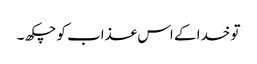
تو خدا کے اس عذاب کو چکھ ۔